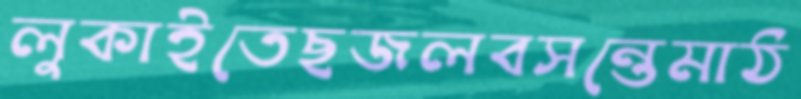
লুকাইতেছজলবসন্তেমাঠ